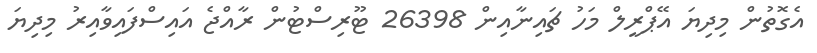
އެގޮތުން މިދިޔަ އޭޕްރީލް މަހު ޗައިނާއިން 26398 ޓޫރިސްޓުން ރާއްޖެ އައިސްފައިވާއިރު މިދިޔަ